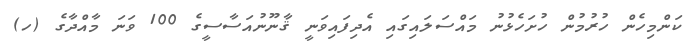
ކަންމިހެން ހުރުމުން ހުށަހެޅުނު މައްސަލައިގައި އެދިފައިވަނީ ޤާނޫނުއަސާސީގެ 100 ވަނަ މާއްދާގެ (ހ)